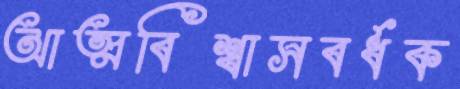
আত্মবিশ্বাসবর্ধক